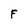
Character: F